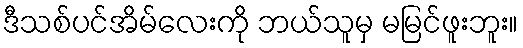
ဒီသစ်ပင်အိမ်လေးကို ဘယ်သူမှ မမြင်ဖူးဘူး။